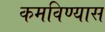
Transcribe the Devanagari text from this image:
कमविण्यास